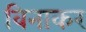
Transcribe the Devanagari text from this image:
विनाकर